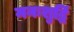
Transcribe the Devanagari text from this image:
मनःशुद्धिं